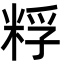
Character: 粰